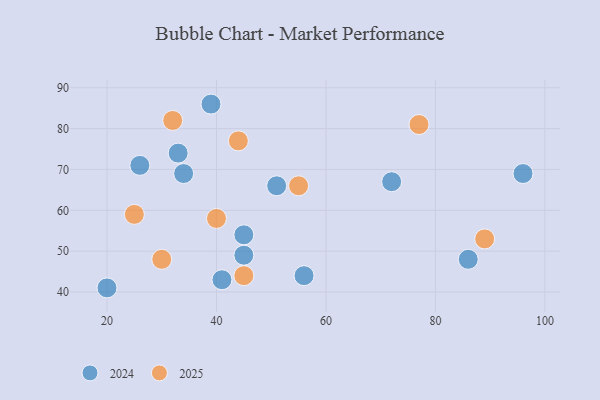
{"axis": {"x": "GDP", "y": "Life Expectancy"}, "legend": ["2024", "2025"], "data": [{"x": "72", "y": 67, "type": "2024"}, {"x": "86", "y": 48, "type": "2024"}, {"x": "56", "y": 44, "type": "2024"}, {"x": "26", "y": 71, "type": "2024"}, {"x": "39", "y": 86, "type": "2024"}, {"x": "96", "y": 69, "type": "2024"}, {"x": "20", "y": 41, "type": "2024"}, {"x": "45", "y": 49, "type": "2024"}, {"x": "34", "y": 69, "type": "2024"}, {"x": "45", "y": 54, "type": "2024"}, {"x": "51", "y": 66, "type": "2024"}, {"x": "33", "y": 74, "type": "2024"}, {"x": "41", "y": 43, "type": "2024"}, {"x": "77", "y": 81, "type": "2025"}, {"x": "44", "y": 77, "type": "2025"}, {"x": "40", "y": 58, "type": "2025"}, {"x": "55", "y": 66, "type": "2025"}, {"x": "89", "y": 53, "type": "2025"}, {"x": "25", "y": 59, "type": "2025"}, {"x": "30", "y": 48, "type": "2025"}, {"x": "45", "y": 44, "type": "2025"}, {"x": "32", "y": 82, "type": "2025"}]}